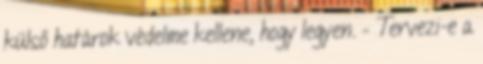
külső határok védelme kellene, hogy legyen. – Tervezi-e a